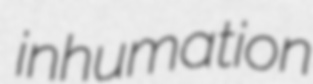
inhumation